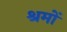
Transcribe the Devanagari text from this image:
श्रमों